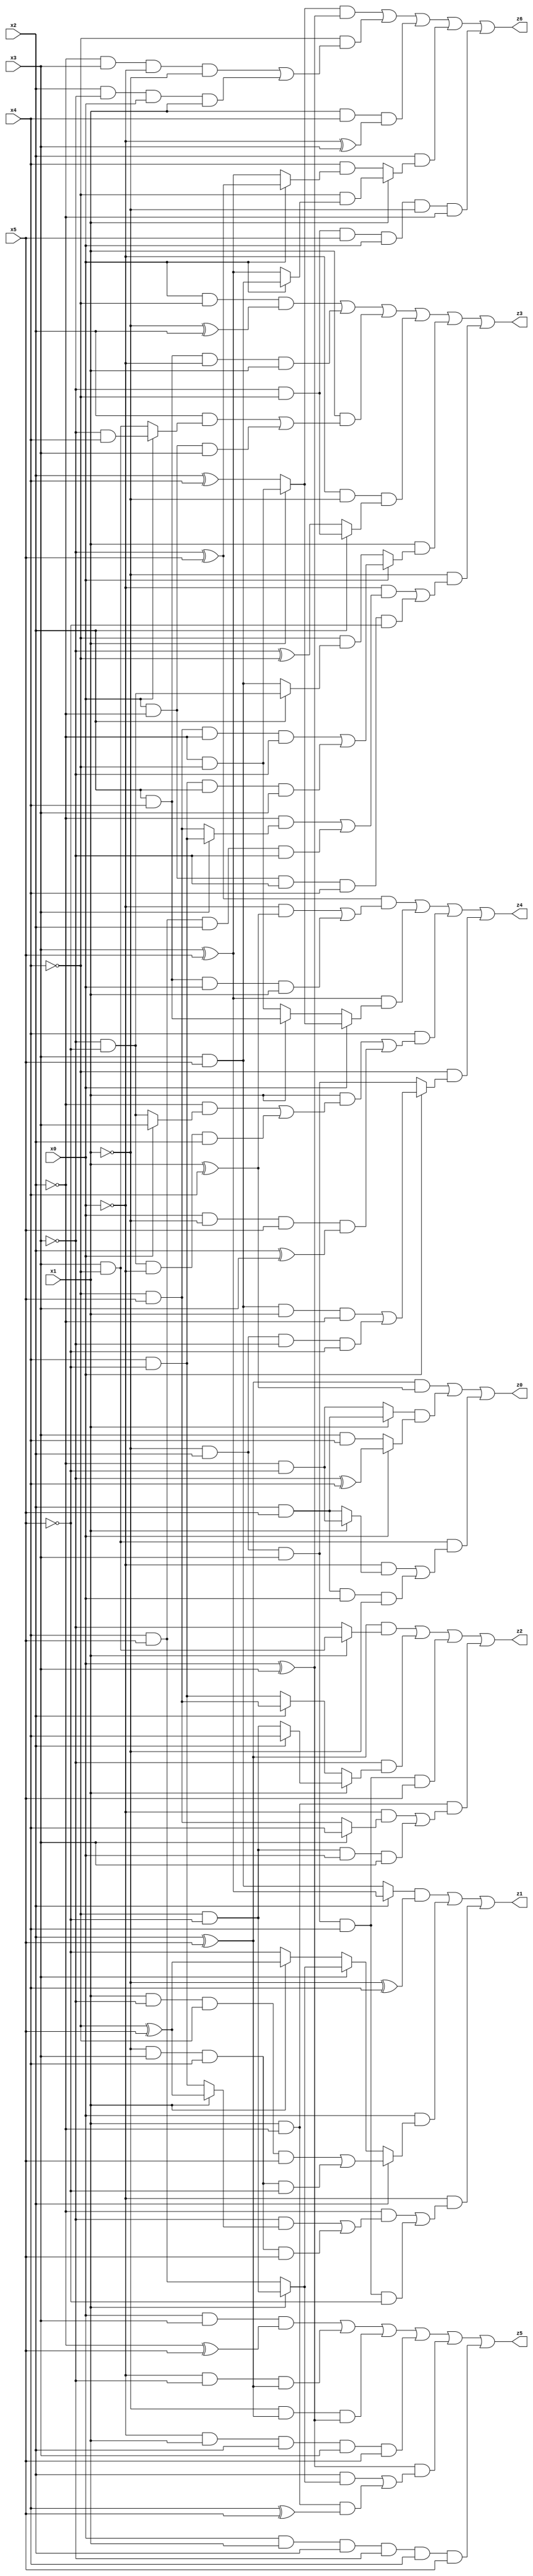
// Benchmark "X_3" written by ABC on Thu Jun 29 21:12:39 2023

module X_3 ( 
    x0, x1, x2, x3, x4, x5,
    z0, z1, z2, z3, z4, z5, z6  );
  input  x0, x1, x2, x3, x4, x5;
  output z0, z1, z2, z3, z4, z5, z6;
  assign z0 = ((x2 ^ x5) & (x1 ^ x4)) | ((x1 ? (x2 & x5) : (~x2 & ~x5)) & (x0 ? (~x3 ^ x4) : (x3 & x4))) | (x3 & ~x4 & ((~x0 & (x1 ? (~x2 & ~x5) : (x2 & x5))) | (x2 & x5 & x0 & ~x1)));
  assign z1 = ((x2 ? (x3 ^ x5) : (x3 & x5)) & (~x1 ^ x4)) | (x0 & (x2 ? ((x1 & ~x3 & ~x4 & x5) | (~x1 & x3 & x4 & ~x5)) : (x3 ? (x1 ? (~x4 & ~x5) : (x4 & x5)) : (x1 ? (~x4 ^ x5) : ~x5)))) | (~x0 & ((~x2 & ((~x3 & (x1 ? (~x4 ^ x5) : (x4 & ~x5))) | (~x1 & x3 & x4 & x5))) | (~x1 & x2 & x3 & x4 & ~x5)));
  assign z2 = ((x2 ^ x5) & (x1 ? (x3 & ~x4) : ~x3)) | (~x3 & (x1 ? (x2 ? x4 : (~x4 & ~x5)) : (x2 ? (~x4 & x5) : (x4 & ~x5)))) | (~x1 & x2 & x3 & x4 & x5) | (x1 & ~x2 & ((~x0 & (x3 ? x4 : (~x4 & x5))) | (~x4 & ~x5 & x0 & x3)));
  assign z3 = (x0 & ~x4 & (~x1 ^ x2)) | (x2 & x4 & ~x0 & x1) | (x1 & ((x2 & (x0 ? (~x3 & x4) : (x3 & ~x4))) | (x0 & ~x2 & x3))) | (~x0 & ~x1 & (x2 ? (~x3 & ~x4) : (~x3 ^ ~x4))) | (x1 & (x0 ? ((~x4 & x5 & ~x2 & ~x3) | (x4 & ~x5 & x2 & x3)) : (~x4 & (x2 ? (~x3 & ~x5) : (x3 & x5))))) | (~x1 & ((~x0 & ((~x2 & (x3 ? (x4 & ~x5) : (~x4 & x5))) | (x4 & x5 & x2 & ~x3))) | (x0 & ~x2 & ~x3 & x4 & ~x5)));
  assign z4 = ((~x3 ^ x5) & ((~x0 & (x1 ^ x4)) | (x2 & x4 & x0 & x1))) | ((x3 ^ x5) & (x0 ? (x1 ? (~x2 & ~x4) : (x2 ^ x4)) : (x1 ? (x2 & x4) : (~x2 & ~x4)))) | (x4 & ((x1 & ((~x2 & (x0 ? x3 : (~x3 & ~x5))) | (~x3 & ~x5 & ~x0 & x2))) | (x0 & ~x1 & x5 & (x2 ^ x3)))) | (~x4 & (x0 ? ((x3 & x5 & x1 & ~x2) | (~x1 & x2 & ~x3 & ~x5)) : (~x1 & x2 & x3)));
  assign z5 = (x0 & x3 & (~x2 ^ x5)) | (~x0 & ~x3 & (x2 ^ x5)) | (~x1 & (x2 ^ x5) & (x0 ^ x3)) | (~x0 & x1 & x2 & x3 & x5) | ((x0 ^ x3) & ((x2 & (x1 ? (~x4 & ~x5) : (x4 & x5))) | (x1 & ~x2 & (x4 ^ x5)))) | (x0 & x1 & x2 & ~x3 & x4 & x5);
  assign z6 = ((x1 ? (~x2 & ~x4) : (x2 ^ x4)) & (x0 ^ x3)) | (~x4 & ((~x2 & x3 & ~x0 & ~x1) | (x2 & ~x3 & x0 & x1))) | (x1 & x4 & (~x0 ^ x3)) | (x2 & (x1 ? (~x4 & (x0 ? (x3 & x5) : (x3 ^ x5))) : (x4 & (x0 ? (~x3 ^ x5) : (x3 ^ x5))))) | (~x3 & ~x4 & x5 & x0 & ~x1 & ~x2);
endmodule